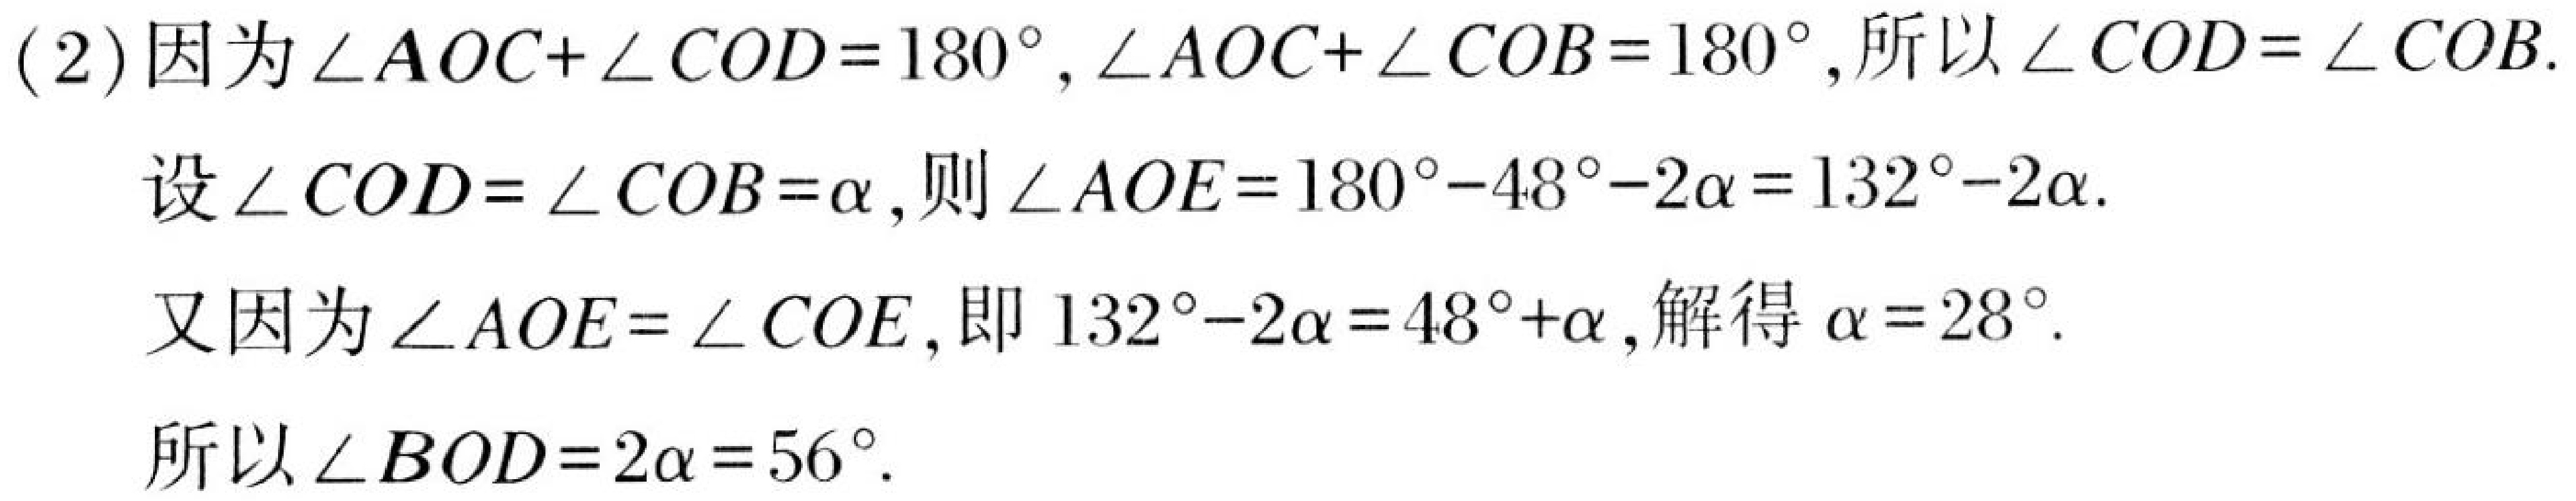
(2)因为 \(\angle AOC+\angle COD = 180^{\circ}\)，\(\angle AOC+\angle COB = 180^{\circ}\)，所以 \(\angle COD=\angle COB\).
设 \(\angle COD=\angle COB=\alpha\)，则 \(\angle AOE = 180^{\circ}-48^{\circ}-2\alpha=132^{\circ}-2\alpha\).
又因为 \(\angle AOE=\angle COE\)，即 \(132^{\circ}-2\alpha = 48^{\circ}+\alpha\)，解得 \(\alpha = 28^{\circ}\).
所以 \(\angle BOD = 2\alpha=56^{\circ}\).